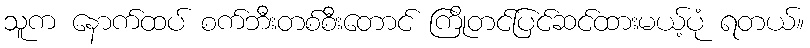
သူက နောက်ထပ် စက်ဘီးတစ်စီးတောင် ကြိုတင်ပြင်ဆင်ထားမယ့်ပုံ ရတယ်။